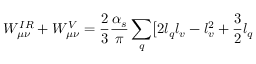
W _ { \mu \nu } ^ { I R } + W _ { \mu \nu } ^ { V } = \frac 2 3 \frac { \alpha _ { s } } { \pi } \sum _ { q } \bigl [ 2 l _ { q } l _ { v } - l _ { v } ^ { 2 } + \frac 3 2 l _ { q }